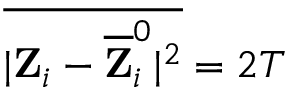
\overline { { | { \bf Z } _ { i } - { \bf \overline { { Z } } } _ { i } ^ { 0 } | ^ { 2 } } } = 2 T